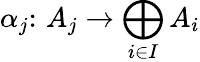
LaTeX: \alpha_{j}\colon\, A_{j}\to\bigoplus_{i\in I}A_{i}